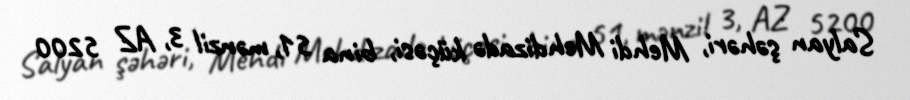
Salyan şəhəri, Mehdi Mehdizadə küçəsi, bina 51, mənzil 3, AZ 5200